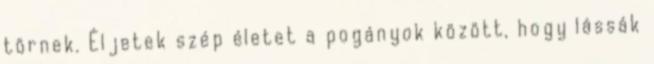
törnek. Éljetek szép életet a pogányok között, hogy lássák